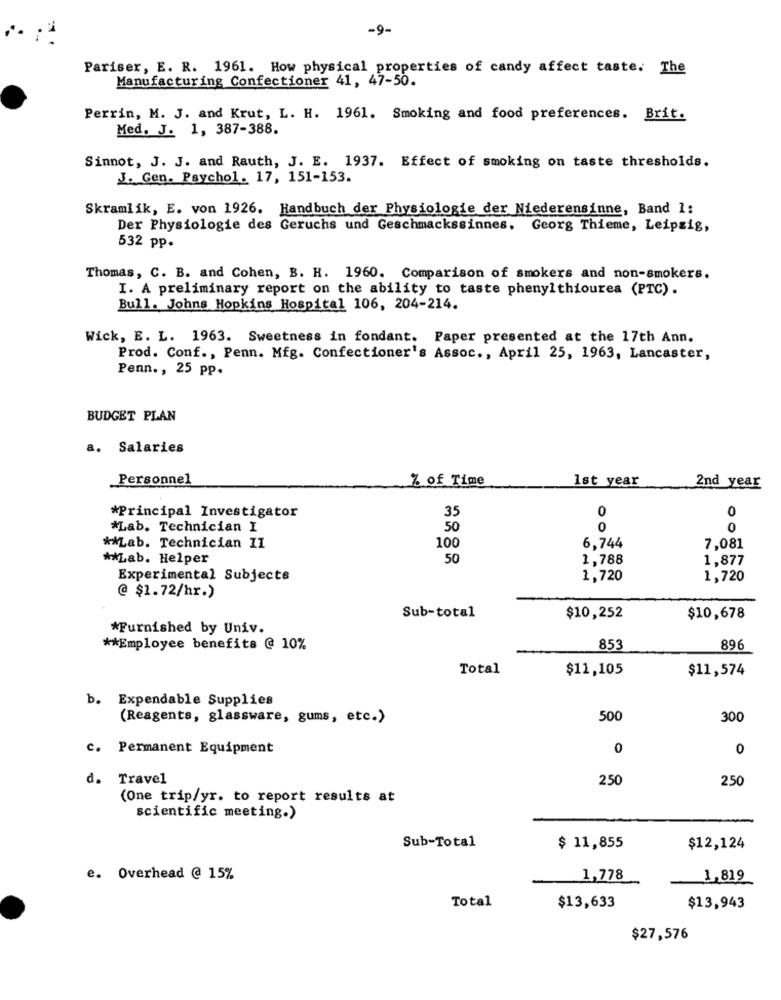
-9-
Pariser, E. R. 1961. How physical properties of candy affect taste. The
Manufacturing Confectioner 41, 47-50.
Perrin, M. J. and Krut, L. H. 1961. Smoking and food preferences. Brit.
Med. J. 1, 387-388.
Sinnot, J. J. and Rauth, J. E. 1937. Effect of smoking on taste thresholds.
J. Gen. Psychol. 17, 151-153.
Skramlik, E. von 1926. Handbuch der Physiologie der Niederensinne, Band 1:
Der Physiologie des Geruchs und Geschmackssinnes. Georg Thieme, Leipzig,
532 pp.
Thomas, C. B. and Cohen, B. H. 1960. Comparison of smokers and non-smokers.
I. A preliminary report on the ability to taste phenylthiourea (PTC).
Bull. Johns Hopkins Hospital 106, 204-214.
Wick, E. L. 1963. Sweetness in fondant. Paper presented at the 17th Ann.
Prod. Conf ., Penn. Mfg. Confectioner's Assoc ., April 25, 1963, Lancaster,
Penn ., 25 pp.
BUDGET PLAN
a. Salaries
Personnel
% of Time
1st year
2nd year
0
0
*Principal Investigator
35
*Lab. Technician I
50
0
0
6.744
** Lab. Technician II
100
7,081
** Lab. Helper
50
1,788
1,877
Experimental Subjects
1,720
1,720
@ $1.72/hr.)
Sub-total
$10,252
$10,678
*Furnished by Univ.
** Employee benefits @ 10%
853
896
Total
$11,105
$11,574
b. Expendable Supplies
(Reagents, glassware, gums, etc.)
500
300
c. Permanent Equipment
0
0
d. Travel
250
250
(One trip/yr. to report results at
scientific meeting.)
Sub-Total
$ 11,855
$12,124
e. Overhead @ 15%
1,778
1,819
Total
$13,633
$13,943
$27,576